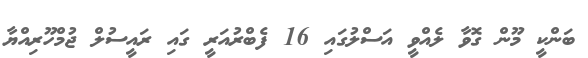
ބަންކީ މޫން ގޮވާ ލެއްވީ އަސްލުގައި 16 ފެބްރުއަރީ ގައި ރައީސުލް ޖުމްހޫރިއްޔާ